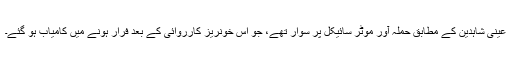
عینی شاہدین کے مطابق حملہ آور موٹر سائیکل پر سوار تھے، جو اس خونریز کارروائی کے بعد فرار ہونے میں کامیاب ہو گئے۔